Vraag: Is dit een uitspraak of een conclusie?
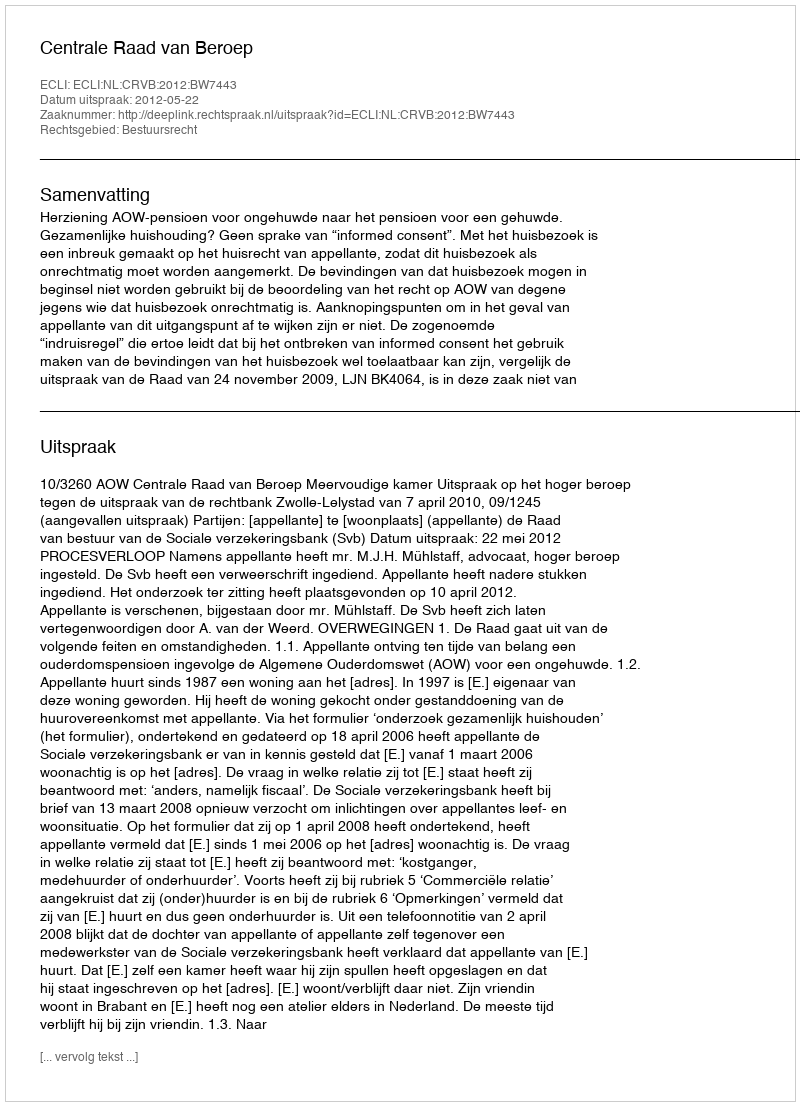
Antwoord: Uitspraak